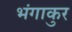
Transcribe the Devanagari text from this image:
भंगाकुर